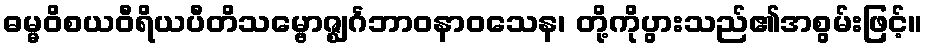
ဓမ္မဝိစယဝီရိယပီတိသမ္ဗောဇ္ဈင်္ဂဘာဝနာဝသေန၊ တို့ကိုပွားသည်၏အစွမ်းဖြင့်။